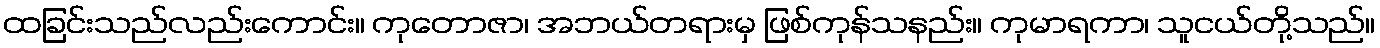
ထခြင်းသည်လည်းကောင်း။ ကုတောဇာ၊ အဘယ်တရားမှ ဖြစ်ကုန်သနည်း။ ကုမာရကာ၊ သူငယ်တို့သည်။